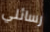
رسائلي